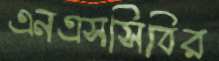
এনএসসিবির